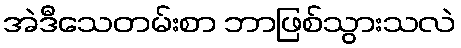
အဲဒီသေတမ်းစာ ဘာဖြစ်သွားသလဲ